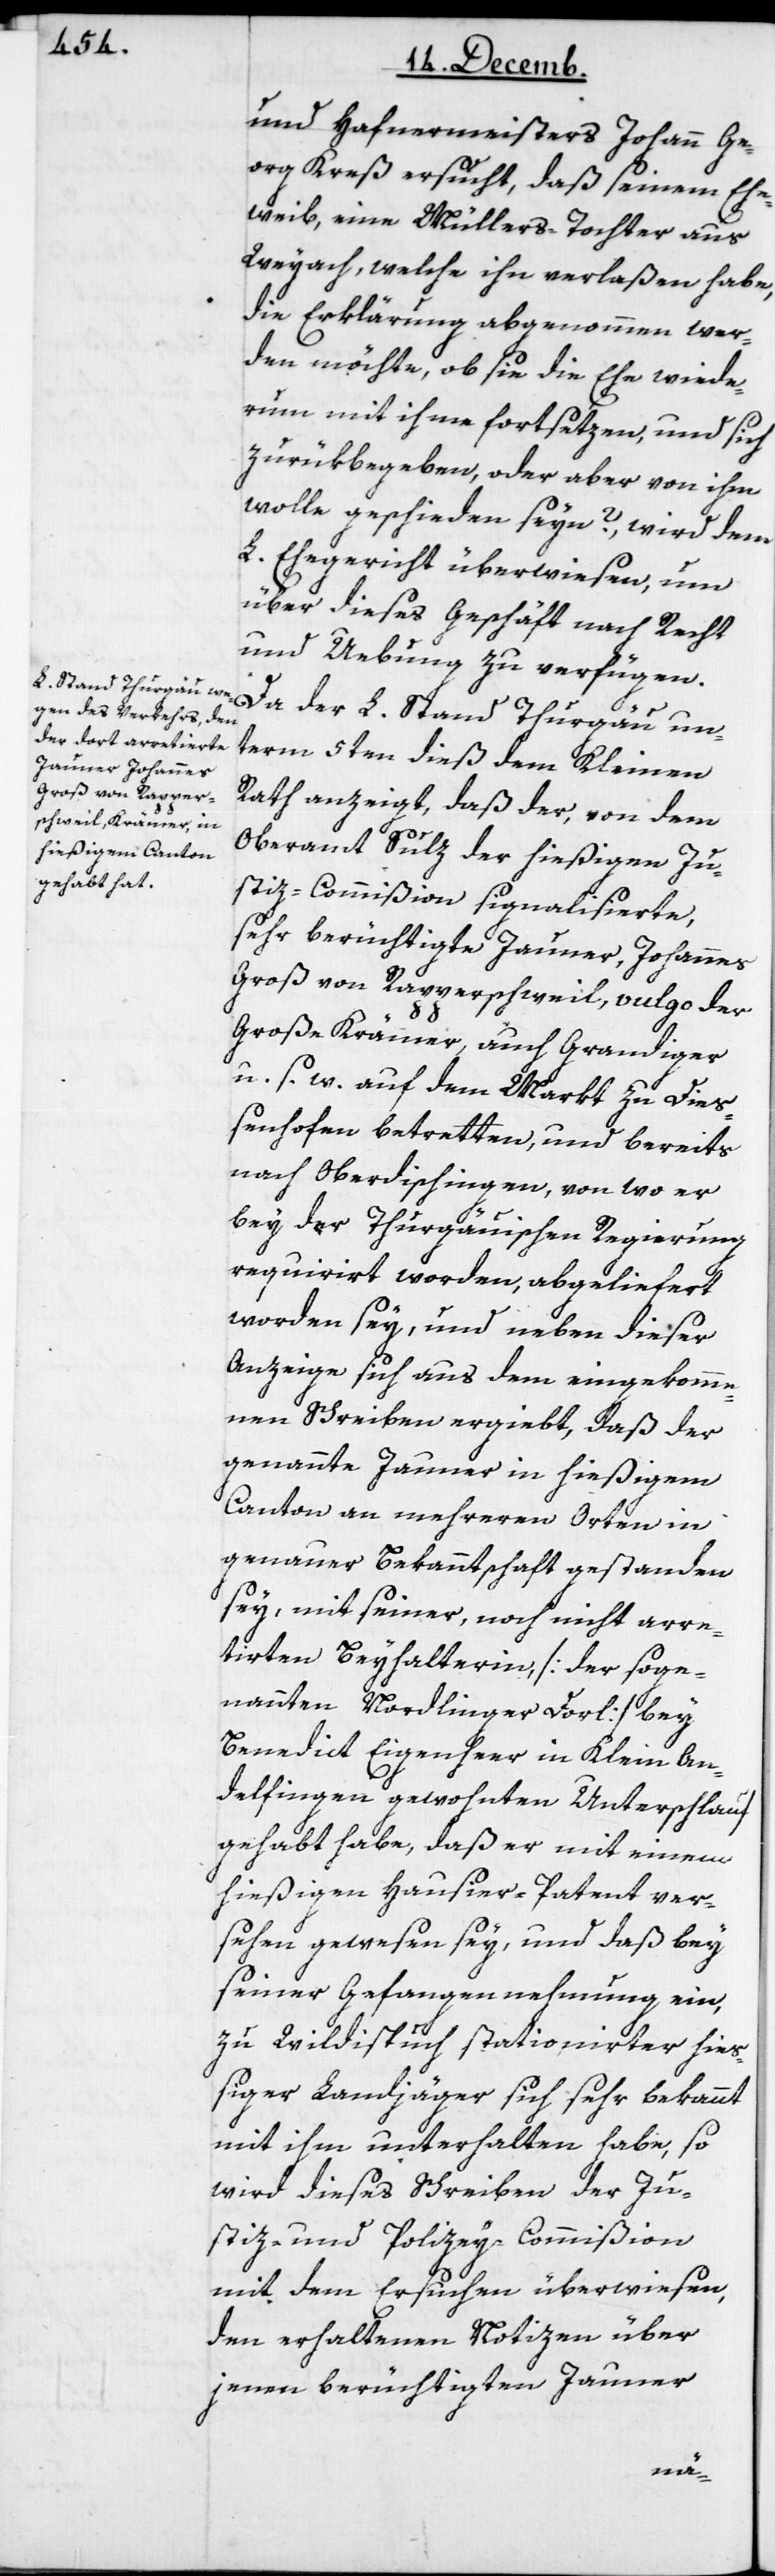
und Hafnermeisters Johann Ge¬
org Kreß ersucht, daß seinem Ehe¬
weib, eine Müllers-Tochter aus
Weyach, welche ihn verlaßen habe,
die Erklärung abgenohmen wer¬
den möchte, ob sie die Ehe wiede¬
rum mit ihme fortsetzen und sich
zurükbegeben, oder aber von ihm
wolle geschieden seyn? wird dem
L. Ehegericht überwiesen, um
über dieses Geschäft nach Recht
und Uebung zu verfügen.
Da der L. Stand Thurgäu un¬
term 5ten dieß dem Kleinen
Rath anzeigt, daß der, von dem
Oberamt Sulz der hießigen Ju¬
stiz-Commißion signalisierte,
sehr berüchtigte Jauner, Johannes
Groß von Rapperschweil, vulgo der
Große Krämer, auch Grandiger
u. s. w. auf dem Markt zu Dieß¬
enhofen betretten, und bereits
nach Oberdischingen, von wo er
bey der Thurgäuischen Regierung
requiriert worden, abgeliefert
worden sey, und neben dieser
Anzeige sich aus dem eingekomme¬
nen Schreiben ergiebt, daß der
genannte Jauner in hießigem
Canton an mehreren Orten in
genauer Bekanntschaft gestanden
sey, mit seiner, noch nicht arre¬
tierten Beyhalterin [der soge¬
nannten Nordlinger Dorl] bey
Benedict Eigenheer in Klein An¬
delfingen gewohnten Unterschlauf
gehabt habe, daß er mit einem
hießigen Hausier-Patent ver¬
sehen gewesen sey, und daß bey
seiner Gefangennehmung ein,
zu Wildenspuch stationirter hieß¬
iger Landjäger sich sehr bekannt
mit ihm unterhalten habe, so
wird dieses Schreiben der Ju¬
stiz- und Polizey-Commißion
mit dem Ersuchen überwiesen,
den erhaltenen Notizen über
jenen berüchtigten Jauner